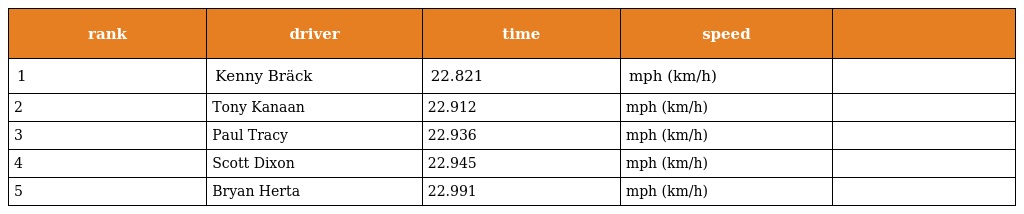
| rank | driver | time | speed |  |
 | --- | --- | --- | --- | --- |
 | 1 | Kenny Bräck | 22.821 | mph (km/h) |  |
 | 2 | Tony Kanaan | 22.912 | mph (km/h) |  |
 | 3 | Paul Tracy | 22.936 | mph (km/h) |  |
 | 4 | Scott Dixon | 22.945 | mph (km/h) |  |
 | 5 | Bryan Herta | 22.991 | mph (km/h) |  |